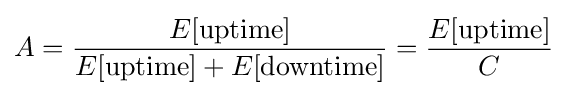
A={\frac {E[\mathrm {uptime} ]}{E[\mathrm {uptime} ]+E[\mathrm {downtime} ]}}={\frac {E[\mathrm {uptime} ]}{C}}